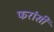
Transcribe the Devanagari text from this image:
फरांसी